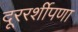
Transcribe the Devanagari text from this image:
दूररर्शीपणा